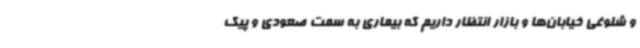
و شلوغی خیابان‌ها و بازار انتظار داریم که بیماری به سمت صعودی و پیک